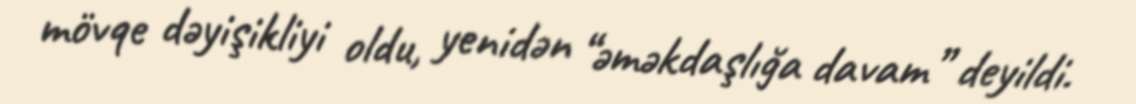
mövqe dəyişikliyi oldu, yenidən “əməkdaşlığa davam” deyildi.